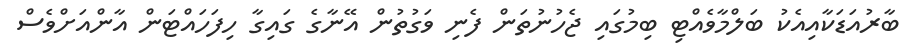
ބާރުއަޑަކާއިއެކު ބަލްމާވެއްޓި ބިމުގައި ޖެހުނުތަން ފެނި ވަގުތުން އޭނާގެ ގައިގާ ހިފަހައްޓަން އާންއަށްވެސް